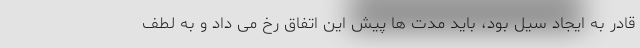
قادر به ایجاد سیل بود، باید مدت ها پیش این اتفاق رخ می داد و به لطف